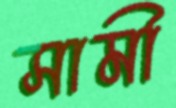
সামী